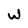
Character: W